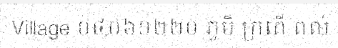
Village ០៤០៦១២២០ ភូមិ ក្រពើ ពល់